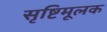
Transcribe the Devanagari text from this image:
सृष्टिमूलक